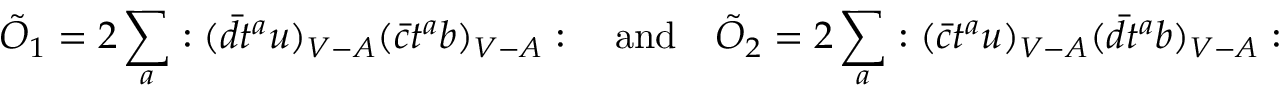
\tilde { O } _ { 1 } = 2 \sum _ { a } : ( \bar { d } t ^ { a } u ) _ { V - A } ( \bar { c } t ^ { a } b ) _ { V - A } : \quad \mathrm { a n d } \quad \tilde { O } _ { 2 } = 2 \sum _ { a } : ( \bar { c } t ^ { a } u ) _ { V - A } ( \bar { d } t ^ { a } b ) _ { V - A } :